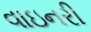
વાઇનરી